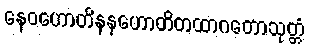
နေဝဟောတိနနဟောတိတထာဂတောသုတ္တံ